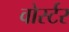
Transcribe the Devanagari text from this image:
वोर्स्टर